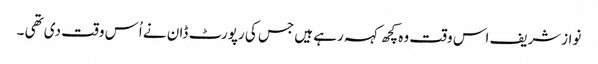
نوازشریف اس وقت وہ کچھ کہہ رہے ہیں جس کی رپورٹ ڈان نے اُس وقت دی تھی ۔